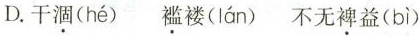
D.干涸( hé ) 褴褛( Ián )不无裨益( bì )